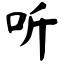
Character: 听